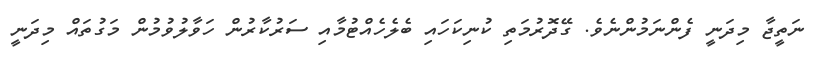
ނަތީޖާ މިދަނީ ފެންނަމުންނެވެ. ގޭދޮރުމަތި ކުނިކަހައި ބެލެހެއްޓުމާއި ސަރުކާރުން ހަވާލުވުމުން މަގުތައް މިދަނީ